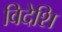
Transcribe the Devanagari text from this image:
विदेशि